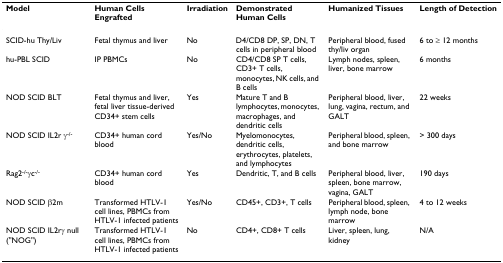
<table><thead><tr><td><b>Model</b></td><td><b>Human Cells Engrafted</b></td><td><b>Irradiation</b></td><td><b>Demonstrated Human Cells</b></td><td><b>Humanized Tissues</b></td><td><b>Length of Detection</b></td></tr></thead><tbody><tr><td>SCID-hu Thy/Liv</td><td>Fetal thymus and liver</td><td>No</td><td>D4/CD8 DP, SP, DN, T cells in peripheral blood</td><td>Peripheral blood, fused thy/liv organ</td><td>6 to ≥ 12 months</td></tr><tr><td>hu-PBL SCID</td><td>IP PBMCs</td><td>No</td><td>CD4/CD8 SP T cells, CD3+ T cells, monocytes, NK cells, and B cells</td><td>Lymph nodes, spleen, liver, bone marrow</td><td>6 months</td></tr><tr><td>NOD SCID BLT</td><td>Fetal thymus and liver, fetal liver tissue-derived CD34+ stem cells</td><td>Yes</td><td>Mature T and B lymphocytes, monocytes, macrophages, and dendritic cells</td><td>Peripheral blood, liver, lung, vagina, rectum, and GALT</td><td>22 weeks</td></tr><tr><td>NOD SCID IL2r γ<sup>-/-</sup></td><td>CD34+ human cord blood</td><td>Yes/No</td><td>Myelomonocytes, dendritic cells, erythrocytes, platelets, and lymphocytes</td><td>Peripheral blood, spleen, and bone marrow</td><td>&gt; 300 days</td></tr><tr><td>Rag2<sup>-/-</sup>γc<sup>-/-</sup></td><td>CD34+ human cord blood</td><td>Yes</td><td>Dendritic, T, and B cells</td><td>Peripheral blood, liver, spleen, bone marrow, vagina, GALT</td><td>190 days</td></tr><tr><td>NOD SCID β2m</td><td>Transformed HTLV-1 cell lines, PBMCs from HTLV-1 infected patients</td><td>Yes/No</td><td>CD45+, CD3+, T cells</td><td>Peripheral blood, spleen, lymph node, bone marrow</td><td>4 to 12 weeks</td></tr><tr><td>NOD SCID IL2rγ null (&quot;NOG&quot;)</td><td>Transformed HTLV-1 cell lines, PBMCs from HTLV-1 infected patients</td><td>No</td><td>CD4+, CD8+ T cells</td><td>Liver, spleen, lung, kidney</td><td>N/A</td></tr></tbody></table>